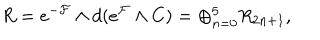
R = e ^ { - { \cal { F } } } \wedge d ( e ^ { \cal { F } } \wedge C ) = \oplus _ { n = 0 } ^ { 5 } R _ { 2 n + 1 } , \qquad